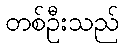
တစ်ဦးသည်